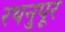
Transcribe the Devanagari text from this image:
रथनुपूर